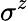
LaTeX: \sigma^{z}